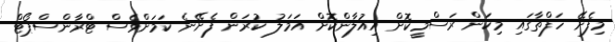
މިފެށޭ ހަފްތާގައި މިކަން ރަސްމީކޮށް އިއުލާންކޮށް އަމަލު ކުރަން ފެށޭނެ ކަމަށްވެސް ޓްރާންސްޕޯޓް